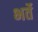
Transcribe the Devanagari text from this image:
भर्ते